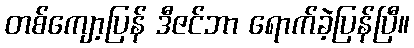
တစ်ကျော့ပြန် ဒီဇင်ဘာ ရောက်ခဲ့ပြန်ပြီ။